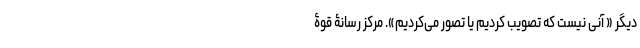
دیگر « آنی نیست که تصویب کردیم یا تصور می‌کردیم». مرکز رسانۀ قوۀ